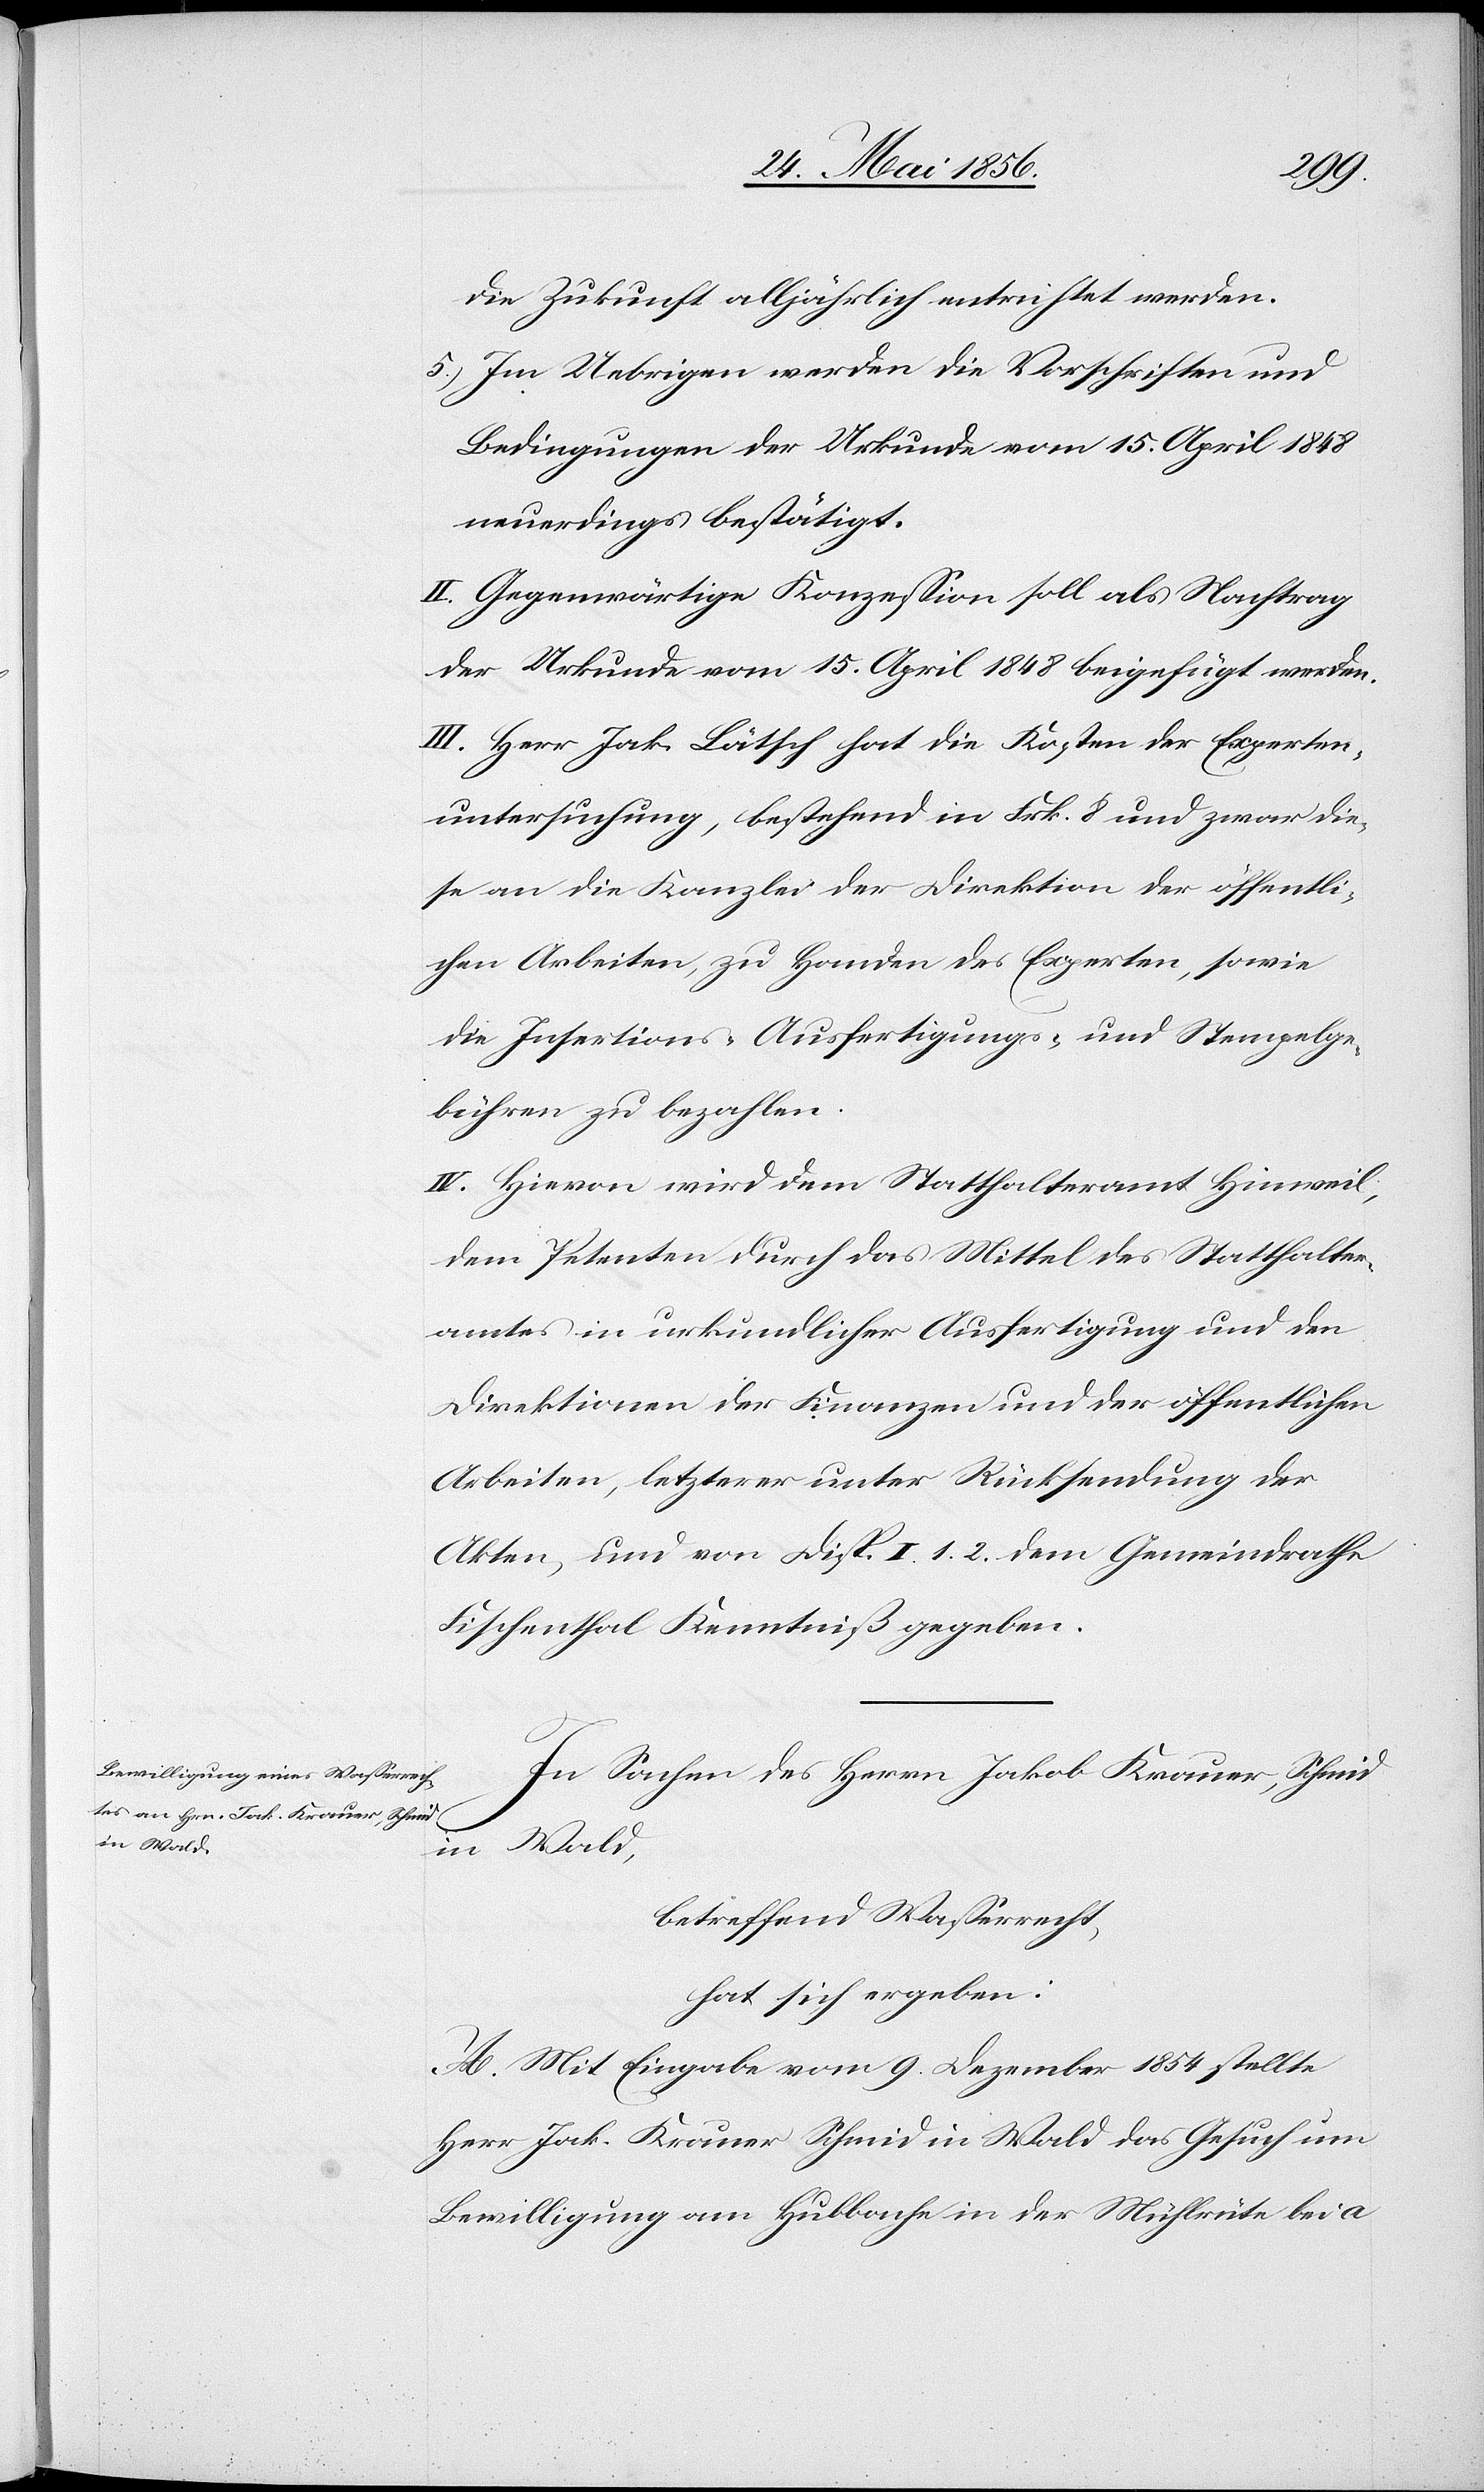
in Wald,

die Zukunft alljährlich entrichtet werden.
5.) Im Uebrigen werden die Vorschriften und
Bedingungen der Urkunde vom 15. April 1848
neuerdings bestätigt.
II. Gegenwärtige Konzession soll als Nachtrag
der Urkunde vom 15. April 1848 beigefügt werden.
III. Herr Jak. Lätsch hat die Kosten der Experten¬
untersuchung, bestehend in Frk. 8 und zwar die¬
se an die Kanzlei der Direktion der öffentli¬
chen Arbeiten, zu Handen des Experten, sowie
die Insertions- [,] Ausfertigungs- und Stempelge¬
bühren zu bezahlen.
IV. Hievon wird dem Statthalteramt Hinweil,
dem Petenten durch das Mittel des Statthalter¬
amtes in urkundlicher Ausfertigung und den
Direktionen der Finanzen und der öffentlichen
Arbeiten, letzterer unter Rücksendung der
Akten, und von Disp. I. 1. 2. dem Gemeindrathe
Fischenthal Kenntniß gegeben.
In Sachen des Herrn Jakob Krauer, Schmid
betreffend Wasserrecht,
hat sich ergeben:
A. Mit Eingabe vom 9. Dezember 1854 stellte
Herr Jak. Krauer Schmid in Wald das Gesuch um
Bewilligung am Hubbache in der Mühlrüte bei a